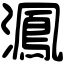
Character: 㵯